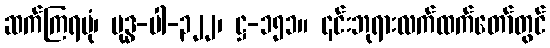
ဆက်ကြရပုံ၊ ဗုဒ္ဓ-ပါ-၃၂၂၊ ဋ္ဌ-၁၅၁။ ၎င်းဘုရားလက်ထက်တော်တွင်